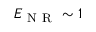
E _ { \mathrm { ~ N ~ R ~ } } \sim 1